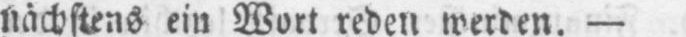
-